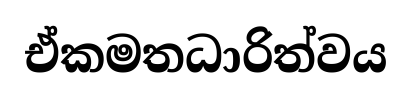
ඒකමතධාරිත්වය